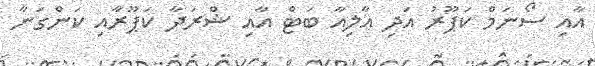
އާއި ސޯނަމް ކަޕޫރު އަދި އާލިއާ ބަޓް އާއި ޝްރަދާ ކަޕޫރާއި ކަންގަނާ